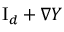
\ensuremath { \mathrm { I } _ { d } } + \nabla Y